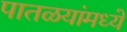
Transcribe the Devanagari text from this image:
पातळयांमध्ये